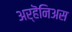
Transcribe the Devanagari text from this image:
अर्हॆनिअस